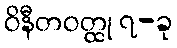
ဝိနီတဝတ္ထု ၇-ခု